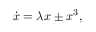
\dot { x } = \lambda x \pm x ^ { 3 } ,